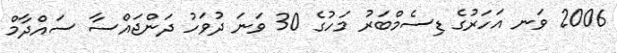
2006 ވަނ އަހަރުގެ ޑިސެމްބަރު މަހުގެ 30 ވަނަ ދުވަހު ދަންޖައްސާ ސައްދާމް